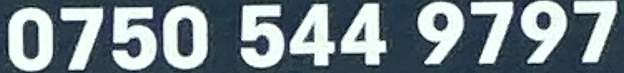
0750 544 9797